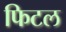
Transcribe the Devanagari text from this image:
फिटल